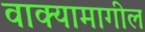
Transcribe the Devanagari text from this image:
वाक्यामागील